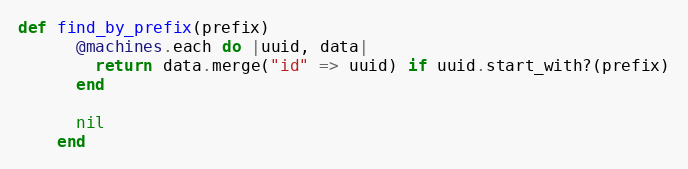
Language: Ruby
def find_by_prefix(prefix)
      @machines.each do |uuid, data|
        return data.merge("id" => uuid) if uuid.start_with?(prefix)
      end

      nil
    end